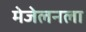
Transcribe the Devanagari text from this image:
मेजेलनला